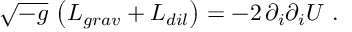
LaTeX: \sqrt { - g } \, \left( { \cal L } _ { g r a v } + { \cal L } _ { d i l } \right) = - 2 \, \partial _ { i } \partial _ { i } U \ .